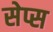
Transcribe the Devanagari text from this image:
सेप्स